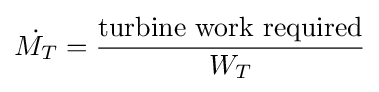
{\dot {M_{T}}}={\frac {\mathrm {turbine} \ \mathrm {work} \ \mathrm {required} }{W_{T}}}